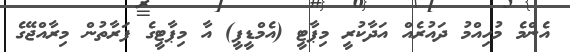
އެންމެ މުހިއްމު ދައުރެއް އަދާކުރީ މިޕާޓީ (އެމްޑީޕީ) އާ މިޕާޓީގެ ފަރާތުން މިރާއްޖޭގެ